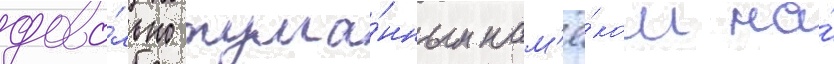
дово́льно тума́нным нам'ё́ком на́